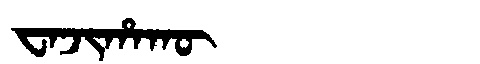
Manchu: ᠸᠠᠵᡳᡥᠠᡴᡡ
Romanization: WAJIHAKŪ